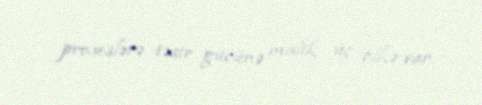
proseslərə təsir gücünə malik üç ölkə var.